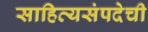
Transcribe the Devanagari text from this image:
साहित्यसंपदेची